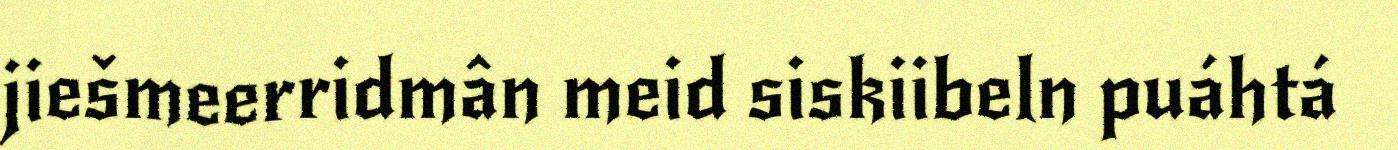
jiešmeerridmân meid siskiibeln puáhtá